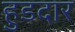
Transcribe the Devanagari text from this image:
हुडदार